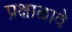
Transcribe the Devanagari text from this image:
प्रक्षाळावे